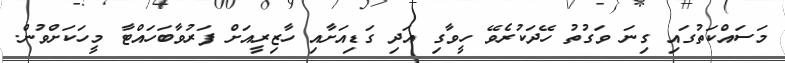
މަސައްކަތުގައި ގިނަ ވަގުތު ހޭދަކުރެވޭ ހީވާގި އަދި ގަޑިއަށާއި ހާޒިރީއަށް ފަރުވާބަހައްޓާ މީހަކަށްވުން.